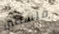
فلسطين